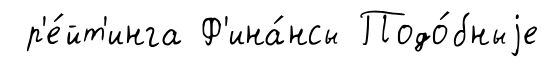
р'е́йт'инга Ф'ина́нсы Подо́бныjе